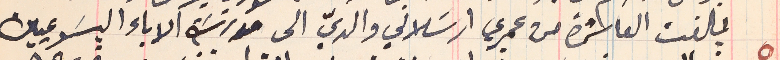
بلغت العاشرة من عمري ارسَلاني والديّ الى مدرسَة الاباء اليسَوعيين